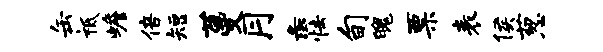
缶祗蟾倍短蔓月彘怯旬魄票表侯葱